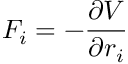
F _ { i } = - \frac { \partial V } { \partial r _ { i } }